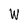
Character: W